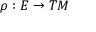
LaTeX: \rho : E \rightarrow T M